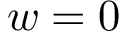
w = 0